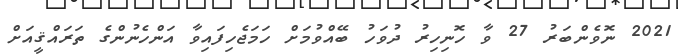
2021 ނޮވެންބަރު 27 ވާ ހޮނިހިރު ދުވަހު ބޭއްވުމަށް ހަމަޖެހިފައިވާ އަންހެނުންގެ ތަރައްޤީއަށް